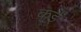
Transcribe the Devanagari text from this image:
क्ई